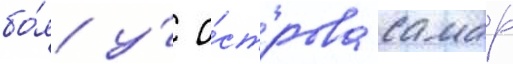
бо́я у́ о́строва самар